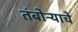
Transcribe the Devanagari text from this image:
तंबोऱ्याचे